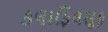
કલાફિલસૂફ